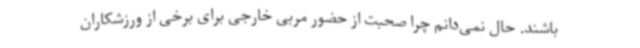
باشند. حال نمی‌دانم چرا صحبت از حضور مربی خارجی برای برخی از ورزشکاران